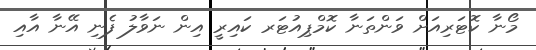
މޯނާ ކޮޓަރިއަށް ވަންތަނާ ކޮމްޕިއުޓަރ ކައިރީ އިން ނަވާލު ފެނި އޭނާ އާއި